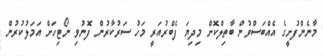
މާނެންފުށީގެ އެއްބަސްވުން ބާތިލްކޮށް މިދިޔަ ފެބްރުއަރީ މަހު ސަރުކާރުން ފޮނުވި ނޯޓިހަށް އަމަލުކުރުން